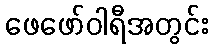
ဖေဖော်ဝါရီအတွင်း